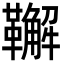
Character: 𩍝